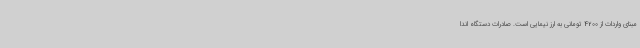
مبنای واردات از 4200 تومانی به ارز نیمایی است. صادرات دستگاه اندا